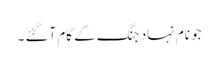
جو نام نہاد جنگ کے کام آگئے ۔